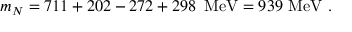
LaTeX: m _ { N } = 7 1 1 + 2 0 2 - 2 7 2 + 2 9 8 \, \, \, \mathrm { M e V } = 9 3 9 \, \, \mathrm { M e V } \, \, .